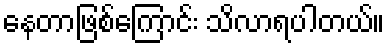
နေတာဖြစ်ကြောင်း သိလာရပါတယ်။